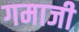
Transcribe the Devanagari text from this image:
गमाजी